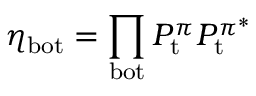
\eta _ { \mathrm { b o t } } = \prod _ { \mathrm { b o t } } P _ { \mathrm { t } } ^ { \pi } P _ { \mathrm { t } } ^ { \pi ^ { * } }